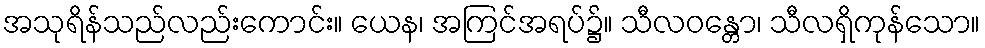
အသုရိန်သည်လည်းကောင်း။ ယေန၊ အကြင်အရပ်၌။ သီလဝန္တော၊ သီလရှိကုန်သော။